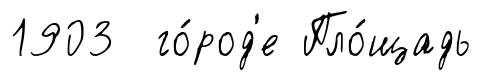
1903 го́род'е Пло́щадь